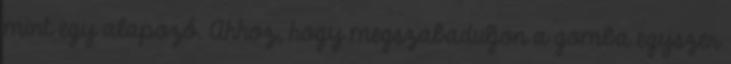
mint egy alapozó. Ahhoz, hogy megszabaduljon a gomba egyszer